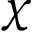
\chi